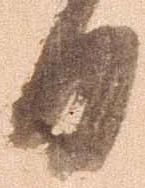
日